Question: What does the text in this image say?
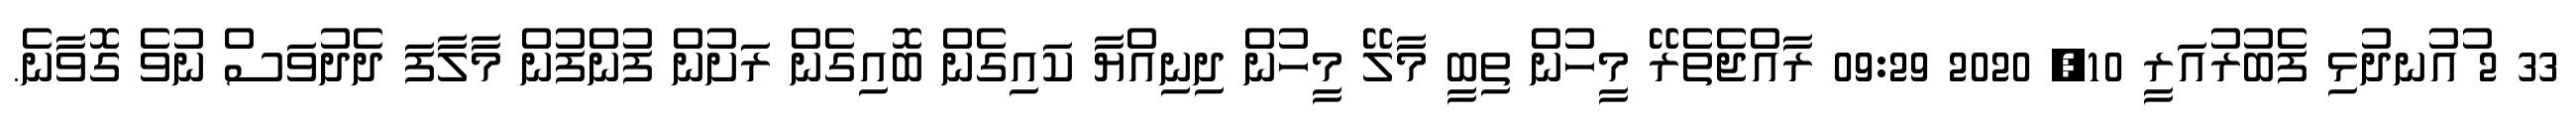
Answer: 33 2 ުއުނދުޅި ފެބުރުއަރީ 10, 2020 09:29 ރާއްޖެތެރޭ މީހުން ތިބީ މާލޭ މީހުން ދިނިއްޔާ ކައިގެން ބޮއިގެން ރަށުން ފުންފުން މާލާފަ ދެދުވަސް ނުވެ ގޮވާނެ.